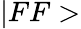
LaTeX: |FF>